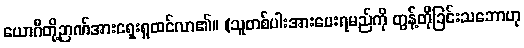
ယောဂီတို့ဉာဏ်အားရှေးရှုထင်လာ၏။ (သူတစ်ပါးအားပေးရမည်ကို တွန့်တိုခြင်းသဘောဟု